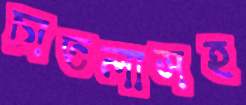
চাতলাসহ